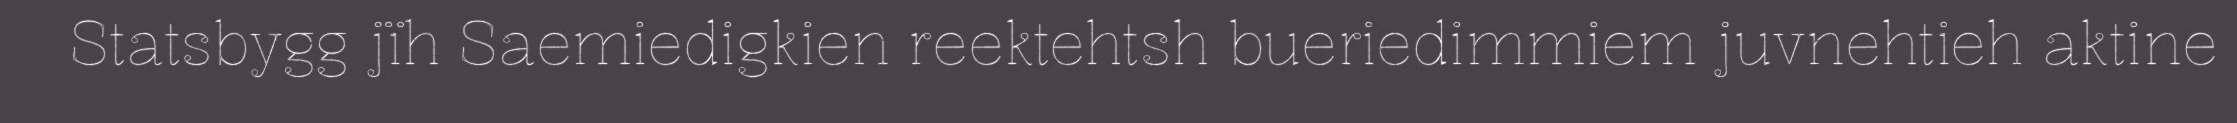
Statsbygg jïh Saemiedigkien reektehtsh bueriedimmiem juvnehtieh aktine